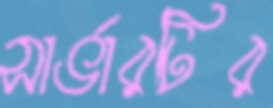
সার্ভারটির